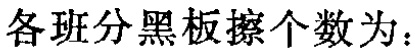
各班分黑板擦个数为：